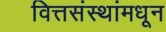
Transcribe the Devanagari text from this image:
वित्तसंस्थांमधून